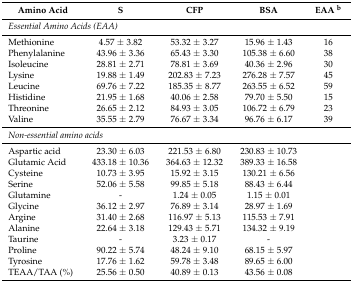
<table><thead><tr><td><b>Amino Acid</b></td><td><b>S</b></td><td><b>CFP</b></td><td><b>BSA</b></td><td><b>EAA <sup>b</sup></b></td></tr></thead><tbody><tr><td colspan="5"><i>Essential Amino Acids (EAA)</i></td></tr><tr><td>Methionine</td><td>4.57 ± 3.82 </td><td>53.32 ± 3.27</td><td>15.96 ± 1.43</td><td>16</td></tr><tr><td>Phenylalanine</td><td>43.96 ± 3.36</td><td>65.43 ± 3.30</td><td>105.38 ± 6.60</td><td>38</td></tr><tr><td>Isoleucine</td><td>28.81 ± 2.71</td><td>78.81 ± 3.69</td><td>40.36 ± 2.96</td><td>30</td></tr><tr><td>Lysine</td><td>19.88 ± 1.49 </td><td>202.83 ± 7.23</td><td>276.28 ± 7.57</td><td>45</td></tr><tr><td>Leucine</td><td>69.76 ± 7.22</td><td>185.35 ± 8.77</td><td>263.55 ± 6.52</td><td>59</td></tr><tr><td>Histidine</td><td>21.95 ± 1.68</td><td>40.06 ± 2.58</td><td>79.70 ± 5.50 </td><td>15</td></tr><tr><td>Threonine</td><td>26.65 ± 2.12</td><td>84.93 ± 3.05</td><td>106.72 ± 6.79</td><td>23</td></tr><tr><td>Valine</td><td>35.55 ± 2.79</td><td>76.67 ± 3.34</td><td>96.76 ± 6.17</td><td>39</td></tr><tr><td colspan="4"><i>Non-essential amino acids</i></td><td></td></tr><tr><td>Aspartic acid</td><td>23.30 ± 6.03 </td><td>221.53 ± 6.80</td><td>230.83 ± 10.73</td><td></td></tr><tr><td>Glutamic Acid</td><td>433.18 ± 10.36</td><td>364.63 ± 12.32</td><td>389.33 ± 16.58</td><td></td></tr><tr><td>Cysteine</td><td>10.73 ± 3.95</td><td>15.92 ± 3.15</td><td>130.21 ± 6.56</td><td></td></tr><tr><td>Serine</td><td>52.06 ± 5.58</td><td>99.85 ± 5.18</td><td>88.43 ± 6.44</td><td></td></tr><tr><td>Glutamine</td><td>-</td><td>1.24 ± 0.05</td><td>1.15 ± 0.01</td><td></td></tr><tr><td>Glycine</td><td>36.12 ± 2.97</td><td>76.89 ± 3.14</td><td>28.97 ± 1.69</td><td></td></tr><tr><td>Argine</td><td>31.40 ± 2.68</td><td>116.97 ± 5.13 </td><td>115.53 ± 7.91</td><td></td></tr><tr><td>Alanine</td><td>22.64 ± 3.18</td><td>129.43 ± 5.71</td><td>134.32 ± 9.19</td><td></td></tr><tr><td>Taurine</td><td>-</td><td>3.23 ± 0.17</td><td>-</td><td></td></tr><tr><td>Proline</td><td>90.22 ± 5.74</td><td>48.24 ± 9.10</td><td>68.15 ± 5.97</td><td></td></tr><tr><td>Tyrosine</td><td>17.76 ± 1.62</td><td>59.78 ± 3.48</td><td>89.65 ± 6.00</td><td></td></tr><tr><td>TEAA/TAA (%)</td><td>25.56 ± 0.50</td><td>40.89 ± 0.13</td><td>43.56 ± 0.08</td><td></td></tr></tbody></table>